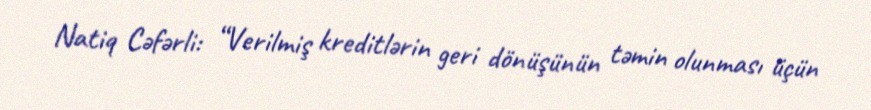
Natiq Cəfərli: “Verilmiş kreditlərin geri dönüşünün təmin olunması üçün